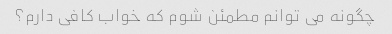
چگونه می توانم مطمئن شوم که خواب کافی دارم؟